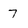
Character: 7